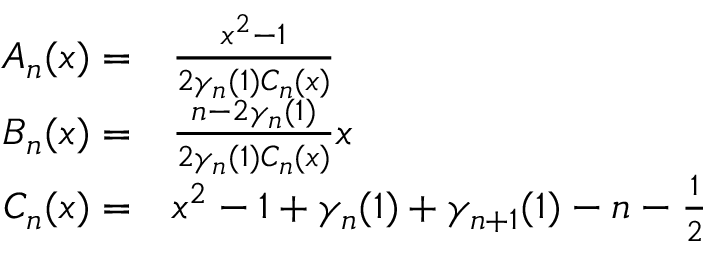
\begin{array} { r l } { A _ { n } ( x ) = } & { \frac { x ^ { 2 } - 1 } { 2 \gamma _ { n } ( 1 ) C _ { n } ( x ) } } \\ { B _ { n } ( x ) = } & { \frac { n - 2 \gamma _ { n } ( 1 ) } { 2 \gamma _ { n } ( 1 ) C _ { n } ( x ) } x } \\ { C _ { n } ( x ) = } & { x ^ { 2 } - 1 + \gamma _ { n } ( 1 ) + \gamma _ { n + 1 } ( 1 ) - n - \frac { 1 } { 2 } } \end{array}